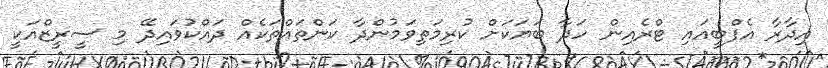
އިދާރާ އެފްބީއައި ޓްރެއިން ހަދާ ބަޔަކަށް ކުރިމަތިވަމުންދާ ކަންތައްތަކެއް ދައްކުވައިދޭ މި ސީރީޒްއަކީ